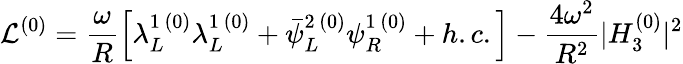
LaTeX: \mathcal{L}^{(0)}=\frac{\omega}{R}\left[\lambda_{L}^{1\, (0)}\lambda_{L}^{1\, (0)}+\bar{\psi}_{L}^{2\, (0)}\psi_{R}^{1\, (0)}+h.c.\right]-\frac{4\omega^{2}}{R^{2}}|H_{3}^{(0)}|^{2}